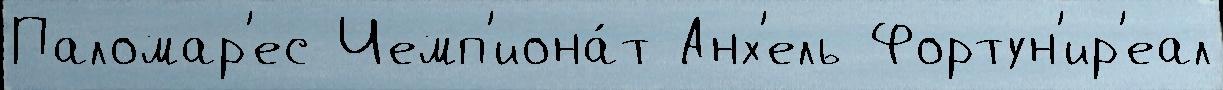
Паломар'ес Чемп'иона́т Анх'ель Фортун'ир'еал